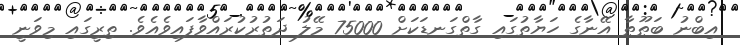
އިބްނު ބަޠޫޠާ އޭނާގެ ހަޔާތުގައި ގާތްގަނޑަކަށް 75000 މޭލު ދަތުރުކުރައްވާފައިވެއެވެ. ތިރީގައި މިވަނީ